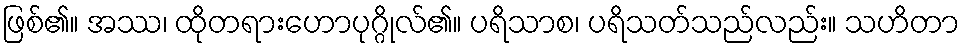
ဖြစ်၏။ အဿ၊ ထိုတရားဟောပုဂ္ဂိုလ်၏။ ပရိသာစ၊ ပရိသတ်သည်လည်း။ သဟိတာ